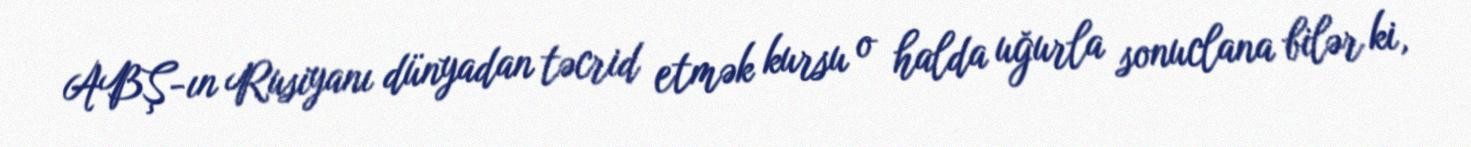
ABŞ-ın Rusiyanı dünyadan təcrid etmək kursu o halda uğurla sonuclana bilər ki,